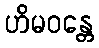
ဟိမဝန္တေ